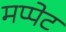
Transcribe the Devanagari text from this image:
मप्पेट